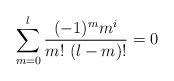
LaTeX: \begin{align*}\sum_{m=0}^l \frac{(-1)^m m^i}{m!\ (l-m)!}=0\end{align*}